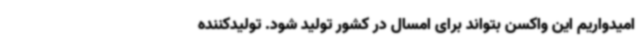
امیدواریم این واکسن بتواند برای امسال در کشور تولید شود. تولیدکننده